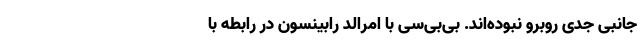
جانبی جدی روبرو نبوده‌اند. بی‌بی‌سی با امرالد رابینسون در رابطه با